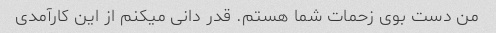
من دست بوی زحمات شما هستم. قدر دانی میکنم از این کارآمدی